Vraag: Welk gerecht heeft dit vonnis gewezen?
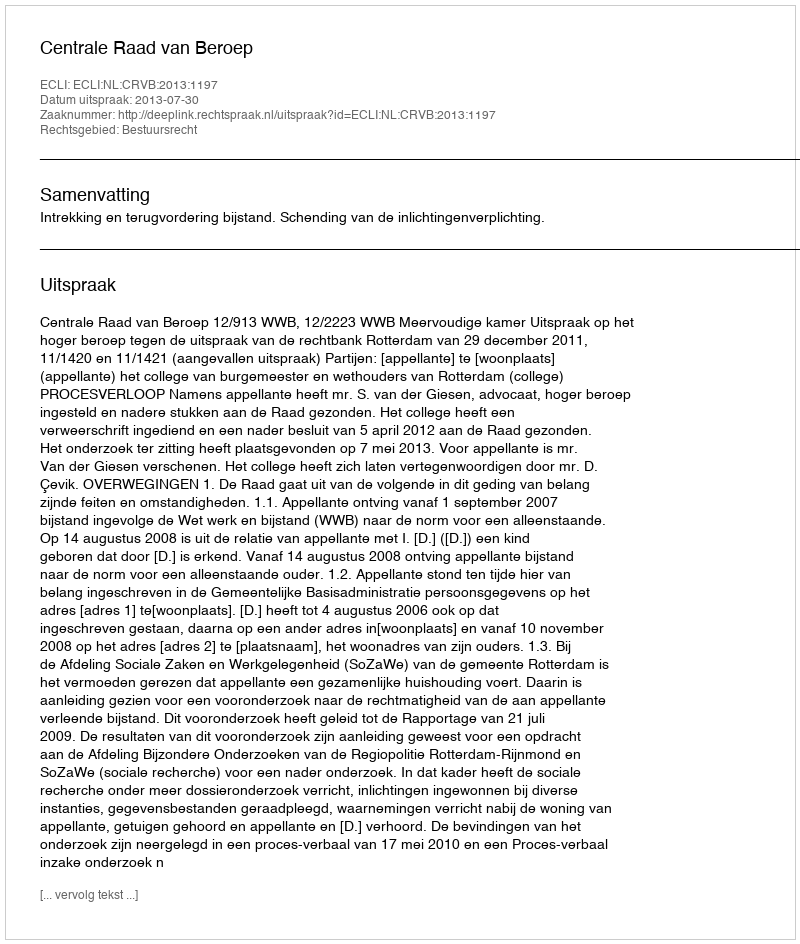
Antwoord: Centrale Raad van Beroep